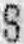
S